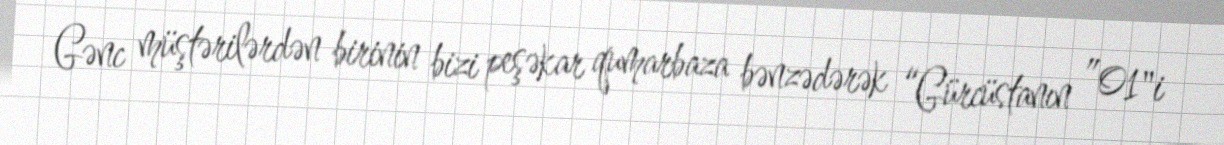
Gənc müştərilərdən birinin bizi peşəkar qumarbaza bənzədərək “Gürcüstanın ”01"i